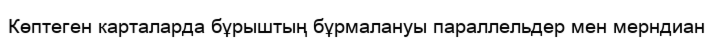
Көптеген карталарда бұрыштың бұрмалануы параллельдер мен мерндиан